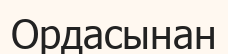
Ордасынан